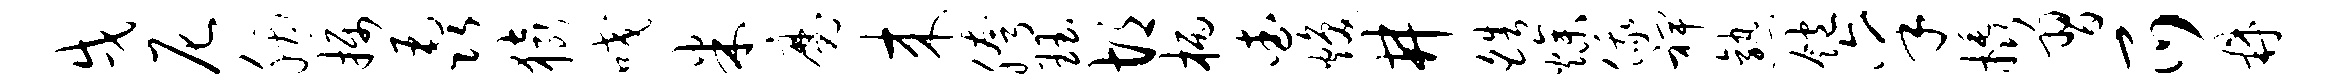
戌尼胭摄毳猿咬米魔来胯珏胡柄查焕井皓燥俄裨熟饱禀橇习爪鼎